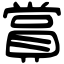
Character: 賞